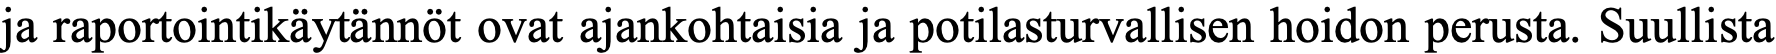
ja raportointikäytännöt ovat ajankohtaisia ja potilasturvallisen hoidon perusta. Suullista